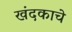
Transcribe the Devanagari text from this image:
खंदकाचे